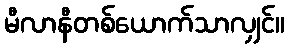
မီလာနီတစ်ယောက်သာလျှင်။